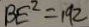
B E ^ { 2 } = 1 9 2